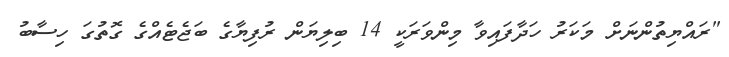
"ރައްޔިތުންނަށް މަކަރު ހަދާފައިވާ މިންވަރަކީ 14 ބިލިޔަން ރުފިޔާގެ ބަޖެޓެއްގެ ގޮތުގަ ހިސާބު